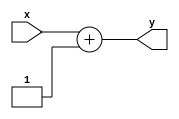
module increment
(
  input [10:0] x,
  output [10:0] y
);

  assign y = x + {11'b00000000001};

endmodule